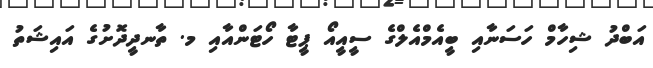
އަބްދު ޝިހާމް ހަސަނާއި ބީއެމްއެލްގެ ސީއީއޯ ޕީޓާ ހޯޓަންއާއި މ. ތާނދީދޮށުގެ އައިޝަތު